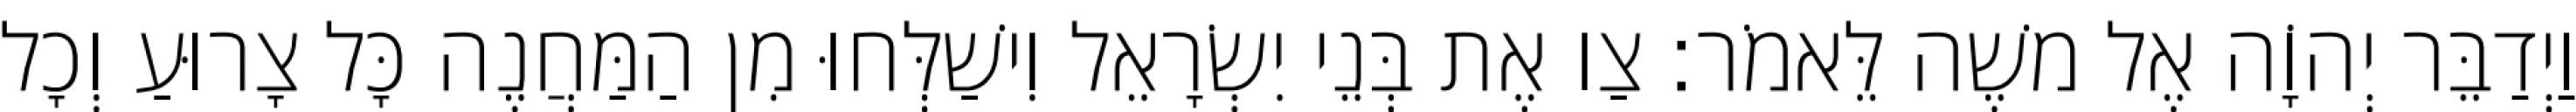
וַיְדַבֵּר יְהוָֹה אֶל משֶׁה לֵּאמֹר׃ צַו אֶת בְּנֵי יִשְׂרָאֵל וִישַׁלְּחוּ מִן הַמַּחֲנֶה כָּל צָרוּעַ וְכָל